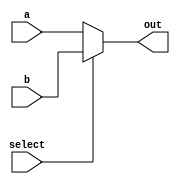
`timescale 1ns / 1ps
//////////////////////////////////////////////////////////////////////////////////
// Company: 
// Engineer: 
// 
// Design Name: 
// Module Name:    Mux_5b_2x1 
// Project Name: 
// Target Devices: 
// Tool versions: 
// Description: 
//
// Dependencies: 
//
// Revision: 
// Revision 0.01 - File Created
// Additional Comments: 
//
//////////////////////////////////////////////////////////////////////////////////
module Mux_5b_2x1(input wire [4:0] a, input wire [4:0] b, input wire select, output reg[4:0] out);
	always @(*)
		begin 
			if(select)
				out = b;
			else out = a;
		end
endmodule